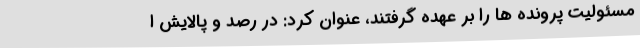
مسئولیت پرونده ها را بر عهده گرفتند، عنوان کرد: در رصد و پالایش ا